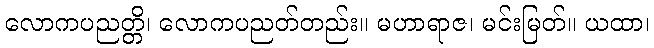
လောကပညတ္တိ၊ လောကပညတ်တည်း။ မဟာရာဇ၊ မင်းမြတ်။ ယထာ၊